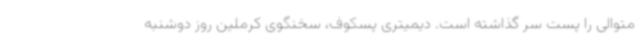
متوالی را پست سر گذاشته است. دیمیتری پسکوف،‌ سخنگوی کرملین روز دوشنبه